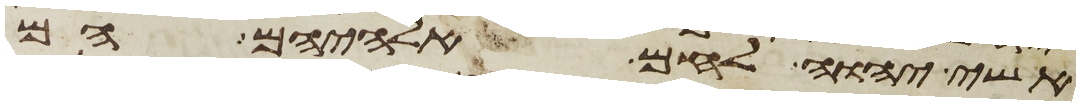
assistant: אשי יהוה לחם אלהיהם הם